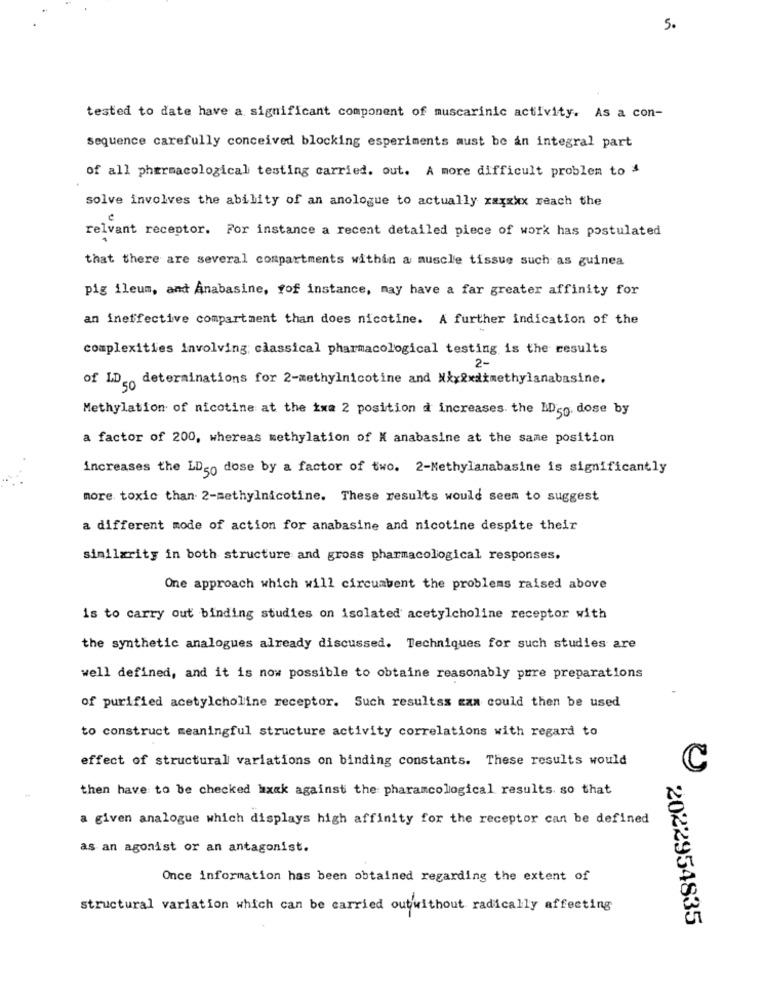
5.
tested to date have a significant component of muscarinic activity. As a con-
sequence carefully conceived blocking esperiments must be an integral part
of all pharmacological testing carried. out. A more difficult problem to 3
solve involves the ability of an anologue to actually xxxxxx reach the
relvant receptor. For instance a recent detailed piece of work has postulated
that there are several compartments within a muscle tissue such as guinea
pig ileum, and Anabasine, fof instance, may have a far greater affinity for
an ineffective compartment than does nicotine. A further indication of the
complexities involving; classical pharmacological testing is the results
2-
of LDg. determinations for 2-methylnicotine and Nix&xdimethylanabasine.
Methylation of nicotine at the ixa 2 position à increases the Mg dose by
a factor of 200, whereas methylation of K anabasine at the same position
increases the LDgo dose by a factor of two. 2-Methylanabasine is significantly
more toxic than 2-methylnicotine. These results would seem to suggest
a different mode of action for anabasine and nicotine despite their
similarity in both structure and gross pharmacological responses.
One approach which will circumbent the problems raised above
is to carry out binding studies on isolated acetylcholine receptor with
the synthetic analogues already discussed. Techniques for such studies are
well defined, and it is now possible to obtaine reasonably pure preparations
of purified acetylcholine receptor. Such resultss can could then be used
to construct meaningful structure activity correlations with regard to
effect of structural variations on binding constants. These results would
C
then have to be checked hxak against the pharamcological results. so that
a given analogue which displays high affinity for the receptor can be defined
as an agonist or an antagonist.
Once information has been obtained regarding the extent of
structural variation which can be carried outwithout radically affecting
2022954835